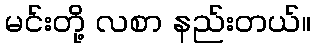
မင်းတို့ လစာ နည်းတယ်။